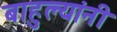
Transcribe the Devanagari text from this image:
बाहुल्यांनी